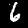
Digit: 6